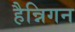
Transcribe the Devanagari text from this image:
हैन्निगन